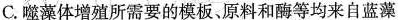
C.噬藻体增殖所需要的模板、原料和酶等均来自蓝藻